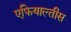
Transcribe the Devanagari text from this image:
एफियाल्तीस